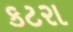
કટરા